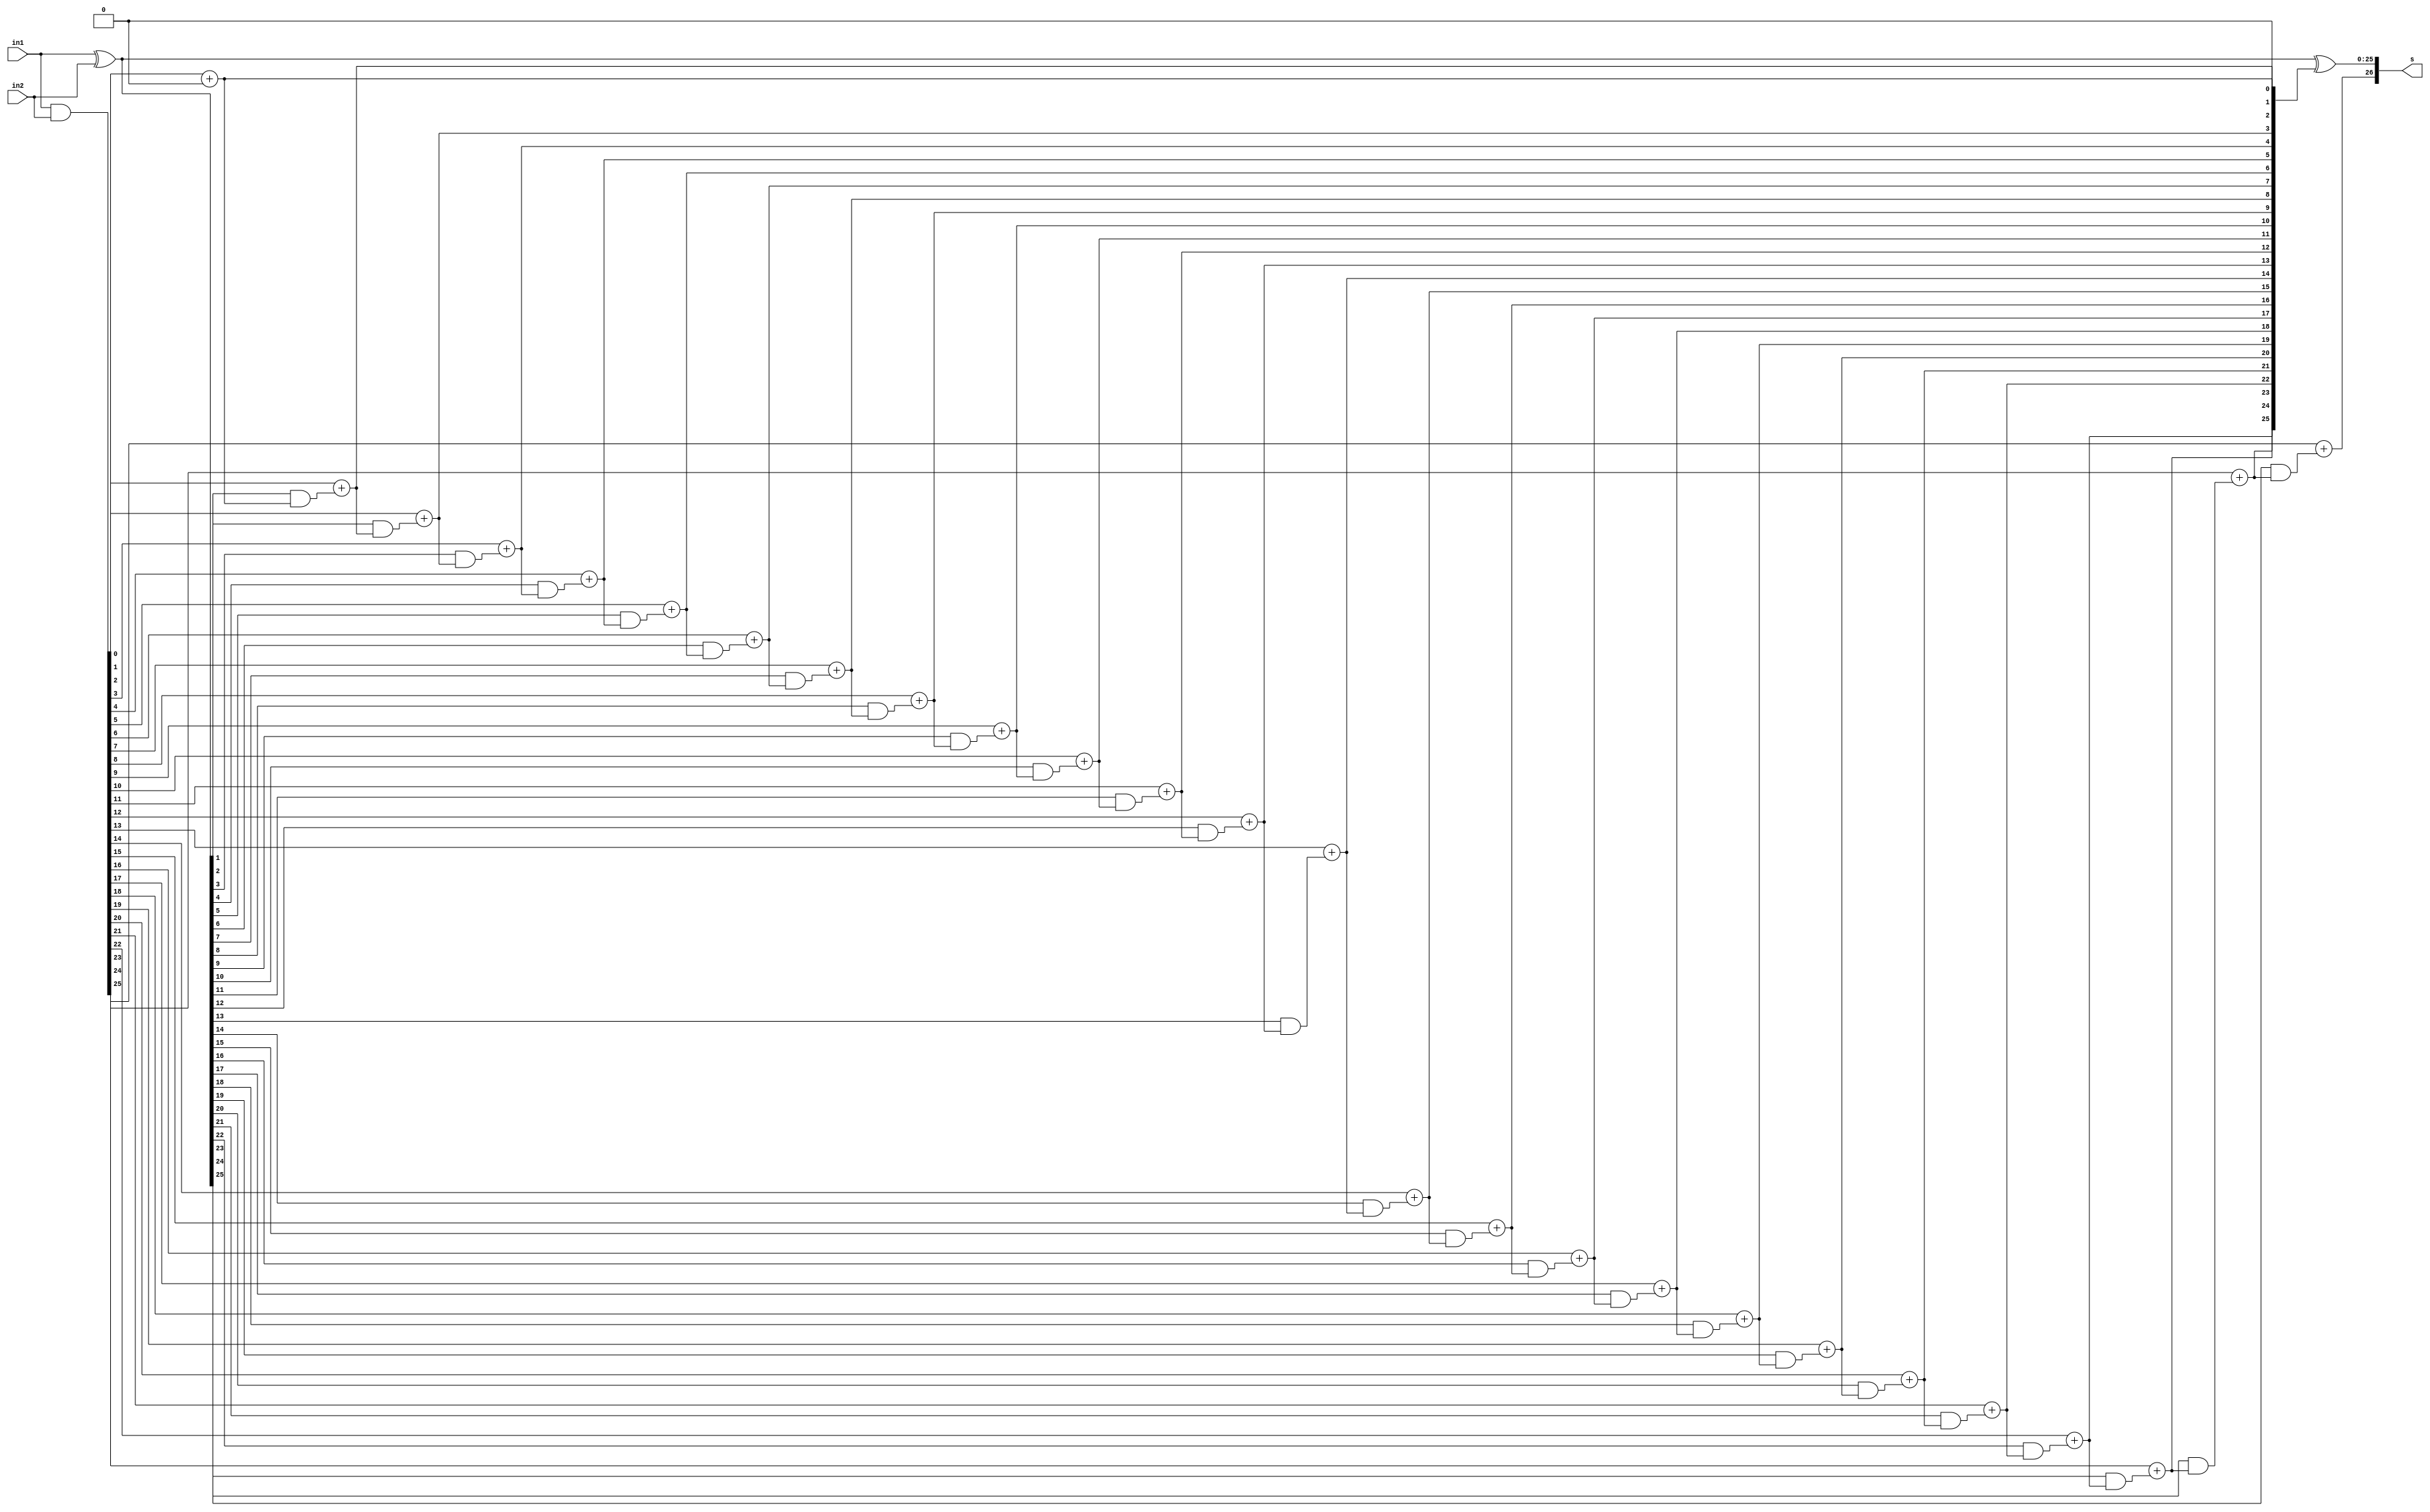
`timescale 1ps / 1ps
//////////////////////////////////////////////////////////////////////////////////
// Company: 
// Engineer: 
// 
// Design Name: 
// Module Name: cladiv
// Project Name: 
// Target Devices: 
// Tool Versions: 
// Description: 
// 
// Dependencies: 
// 
// Revision:
// Revision 0.01 - File Created
// Additional Comments:
// 
//////////////////////////////////////////////////////////////////////////////////

//Carry look ahead adder
module cladiv(in1,in2,s);

parameter size=26;

input [size-1:0]in1,in2;	//25 bit inputs
output [size:0]s;		//26 bit sum containing carry out as 25th bit

wire [size-1:0]C,G,P;
wire co;

assign G=in1&in2;
assign P=in1^in2;

assign C[0]=0;
assign C[1]=G[0]+(P[0]&C[0]);
assign C[2]=G[1]+(P[1]&C[1]);
assign C[3]=G[2]+(P[2]&C[2]);
assign C[4]=G[3]+(P[3]&C[3]);
assign C[5]=G[4]+(P[4]&C[4]);
assign C[6]=G[5]+(P[5]&C[5]);
assign C[7]=G[6]+(P[6]&C[6]);
assign C[8]=G[7]+(P[7]&C[7]);
assign C[9]=G[8]+(P[8]&C[8]);
assign C[10]=G[9]+(P[9]&C[9]);
assign C[11]=G[10]+(P[10]&C[10]);
assign C[12]=G[11]+(P[11]&C[11]);
assign C[13]=G[12]+(P[12]&C[12]);
assign C[14]=G[13]+(P[13]&C[13]);
assign C[15]=G[14]+(P[14]&C[14]);
assign C[16]=G[15]+(P[15]&C[15]);
assign C[17]=G[16]+(P[16]&C[16]);
assign C[18]=G[17]+(P[17]&C[17]);
assign C[19]=G[18]+(P[18]&C[18]);
assign C[20]=G[19]+(P[19]&C[19]);
assign C[21]=G[20]+(P[20]&C[20]);
assign C[22]=G[21]+(P[21]&C[21]);
assign C[23]=G[22]+(P[22]&C[22]);
assign C[24]=G[23]+(P[23]&C[23]);
assign C[25]=G[24]+(P[24]&C[24]);
assign co=G[25]+(P[25]&C[25]);

assign s={co,P^C};

endmodule
/*
module cladiv_testbench;
 
parameter size=24;

reg [size-1:0] a;
 reg [size-1:0] b;
 wire [size:0] s;
 cladiv uut (
  .in1(a), 
  .in2(b), 
  .s(s)
 );

 initial begin
  // Initialize Inputs
  a = 156;
  b = 177;
 end
      
endmodule
*/